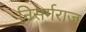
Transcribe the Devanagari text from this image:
निसर्गराज